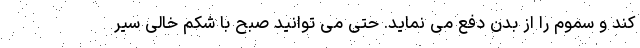
کند و سموم را از بدن دفع می نماید. حتی می توانید صبح با شکم خالی سیر